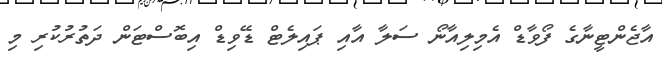
އާޖެންޓީނާގެ ފޯވާޑް އެމިލިއާނޯ ސަލާ އާއި ޕައިލެޓް ޑޭވިޑް އިބޮސްޓަން ދަތުރުކުރި މި